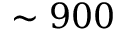
\sim 9 0 0